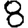
Digit: 8